Annual administration report of the Civil Veterinary Department of India - 1899-1900
Year: 1899
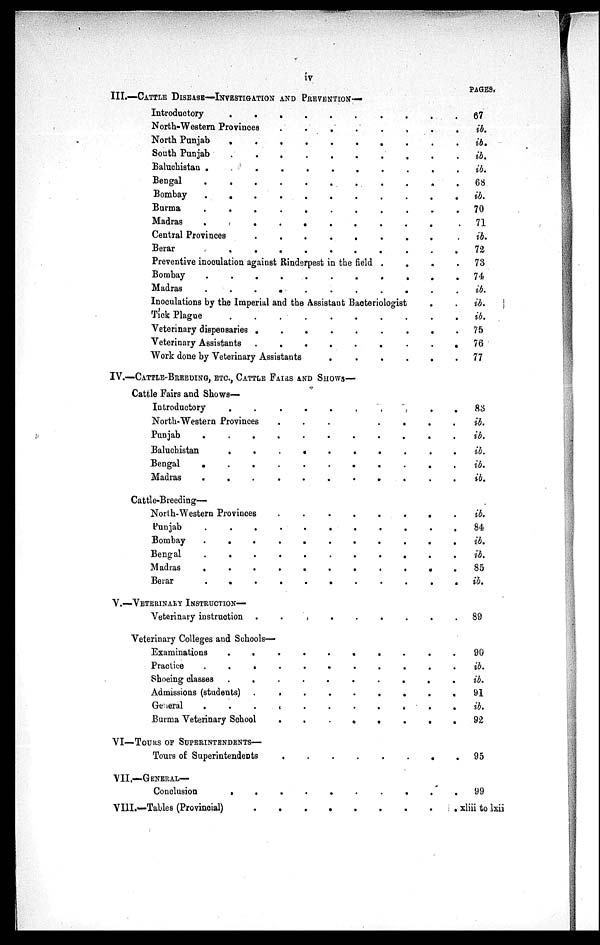
iv
III.—CATTLE DISEASE—INVESTIGATION AND PREVENTION—
Introductory
.
.
.
.
.
.
.
.
.
.
North-Western Provinces
.
.
.
.
.
.
.
.
.
.
North Punjab
.
.
.
.
.
.
.
.
.
.
South Punjab
.
.
.
.
.
.
.
.
.
.
Baluchistan
.
.
.
.
.
.
.
.
.
.
Bengal
.
.
.
.
.
.
.
.
.
.
Bombay
.
.
.
.
.
.
.
.
.
.
Burma
.
.
.
.
.
.
.
.
.
.
Madras
.
.
.
.
.
.
.
.
.
.
Central Provinces
.
.
.
.
.
.
.
.
.
.
Berar
.
.
.
.
.
.
.
.
.
.
Preventive inoculation against Rinderpest in the field .
Bombay
.
.
.
.
.
.
.
Madras
.
.
.
.
.
.
.
.
.
.
Inoculations by the Imperial and the Assistant Bacteriologist
Tick Plague
.
.
.
.
.
.
.
Veterinary dispensaries
.
.
.
.
.
.
.
.
.
.
Veterinary Assistants
.
.
.
.
.
.
.
.
.
.
Work done by Veterinary Assistants . . . . . . . . . .
IV.—CATTLE-BREEDING, ETC., CATTLE FAIRS AND SHOWS—
Cattle Fairs and Shows—
Introductory
.
.
.
.
.
.
.
.
.
.
North-Western Provinces
.
.
.
.
.
.
.
.
.
.
Punjab
.
.
.
.
.
.
.
.
.
.
Baluchistan
.
.
.
.
.
.
.
.
.
.
Bengal
.
.
.
.
.
.
.
.
.
.
Madras
.
.
.
.
.
.
.
.
.
.
Cattle-Breeding—
North-Western Provinces
.
.
.
.
.
.
.
.
.
.
Punjab
.
.
.
.
.
.
.
.
.
.
Bombay
.
.
.
.
.
.
.
.
.
.
Bengal
.
.
.
.
.
.
.
.
.
.
Madras
.
.
.
.
.
.
.
.
.
.
Berar
.
.
.
.
.
.
.
.
.
.
V.—VENERINARY INSTRUCTION—
Veterinary instruction
.
.
.
.
.
.
.
.
.
.
Veterinary Colleges and Schools—
Examinations
.
.
.
.
.
.
.
.
.
.
Practice
.
.
.
.
.
.
.
.
.
.
Shoeing classes
.
.
.
.
.
.
.
.
.
.
Admissions (students)
.
.
.
.
.
.
.
.
.
.
General
.
.
.
.
.
.
.
.
.
.
Burma Veterinary School
.
.
.
.
.
.
.
.
.
.
VI—TOURS OF SUPERINTENDENTS—
Tours of Superintendents
.
.
.
.
.
.
.
.
.
.
VII.—GENERAL—
Conclusion
.
.
.
.
.
.
.
.
.
.
VIII.—Tables (Provincial)
.
.
.
.
.
.
.
.
.
.
PAGES,
67
ib.
ib.
ib.
ib.
68
ib.
70
71
ib.
72
73
74
ib.
ib.
ib.
75
76
77
83
ib.
ib.
ib.
ib.
ib.
ib.
84
ib.
ib.
85
ib.
89
90
ib.
ib.
91
ib.
92
95
99
xliii to lxii